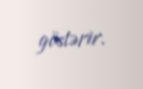
göstərir.